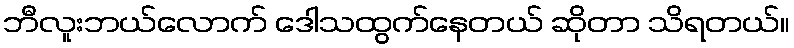
ဘီလူးဘယ်လောက် ဒေါသထွက်နေတယ် ဆိုတာ သိရတယ်။